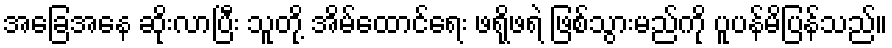
အခြေအနေ ဆိုးလာပြီး သူတို့ အိမ်ထောင်ရေး ဖရိုဖရဲ ဖြစ်သွားမည်ကို ပူပန်မိပြန်သည်။